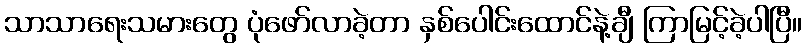
သာသာရေးသမားတွေ ပုံဖော်လာခဲ့တာ နှစ်ပေါင်းထောင်နဲ့ချီ ကြာမြင့်ခဲ့ပါပြီ။